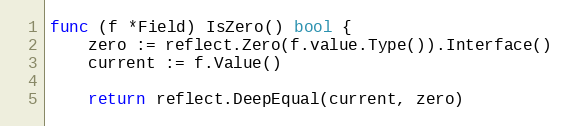
Language: Go
func (f *Field) IsZero() bool {
	zero := reflect.Zero(f.value.Type()).Interface()
	current := f.Value()

	return reflect.DeepEqual(current, zero)